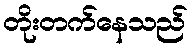
တိုးတက်နေသည်